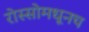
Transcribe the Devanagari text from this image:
रोस्सोमधूनच